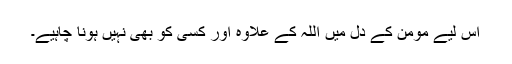
اس لیے مومن کے دل میں اللہ کے علاوہ اور کسی کو بھی نہیں ہونا چاہیے۔